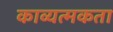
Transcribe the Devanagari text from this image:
काव्यत्मकता